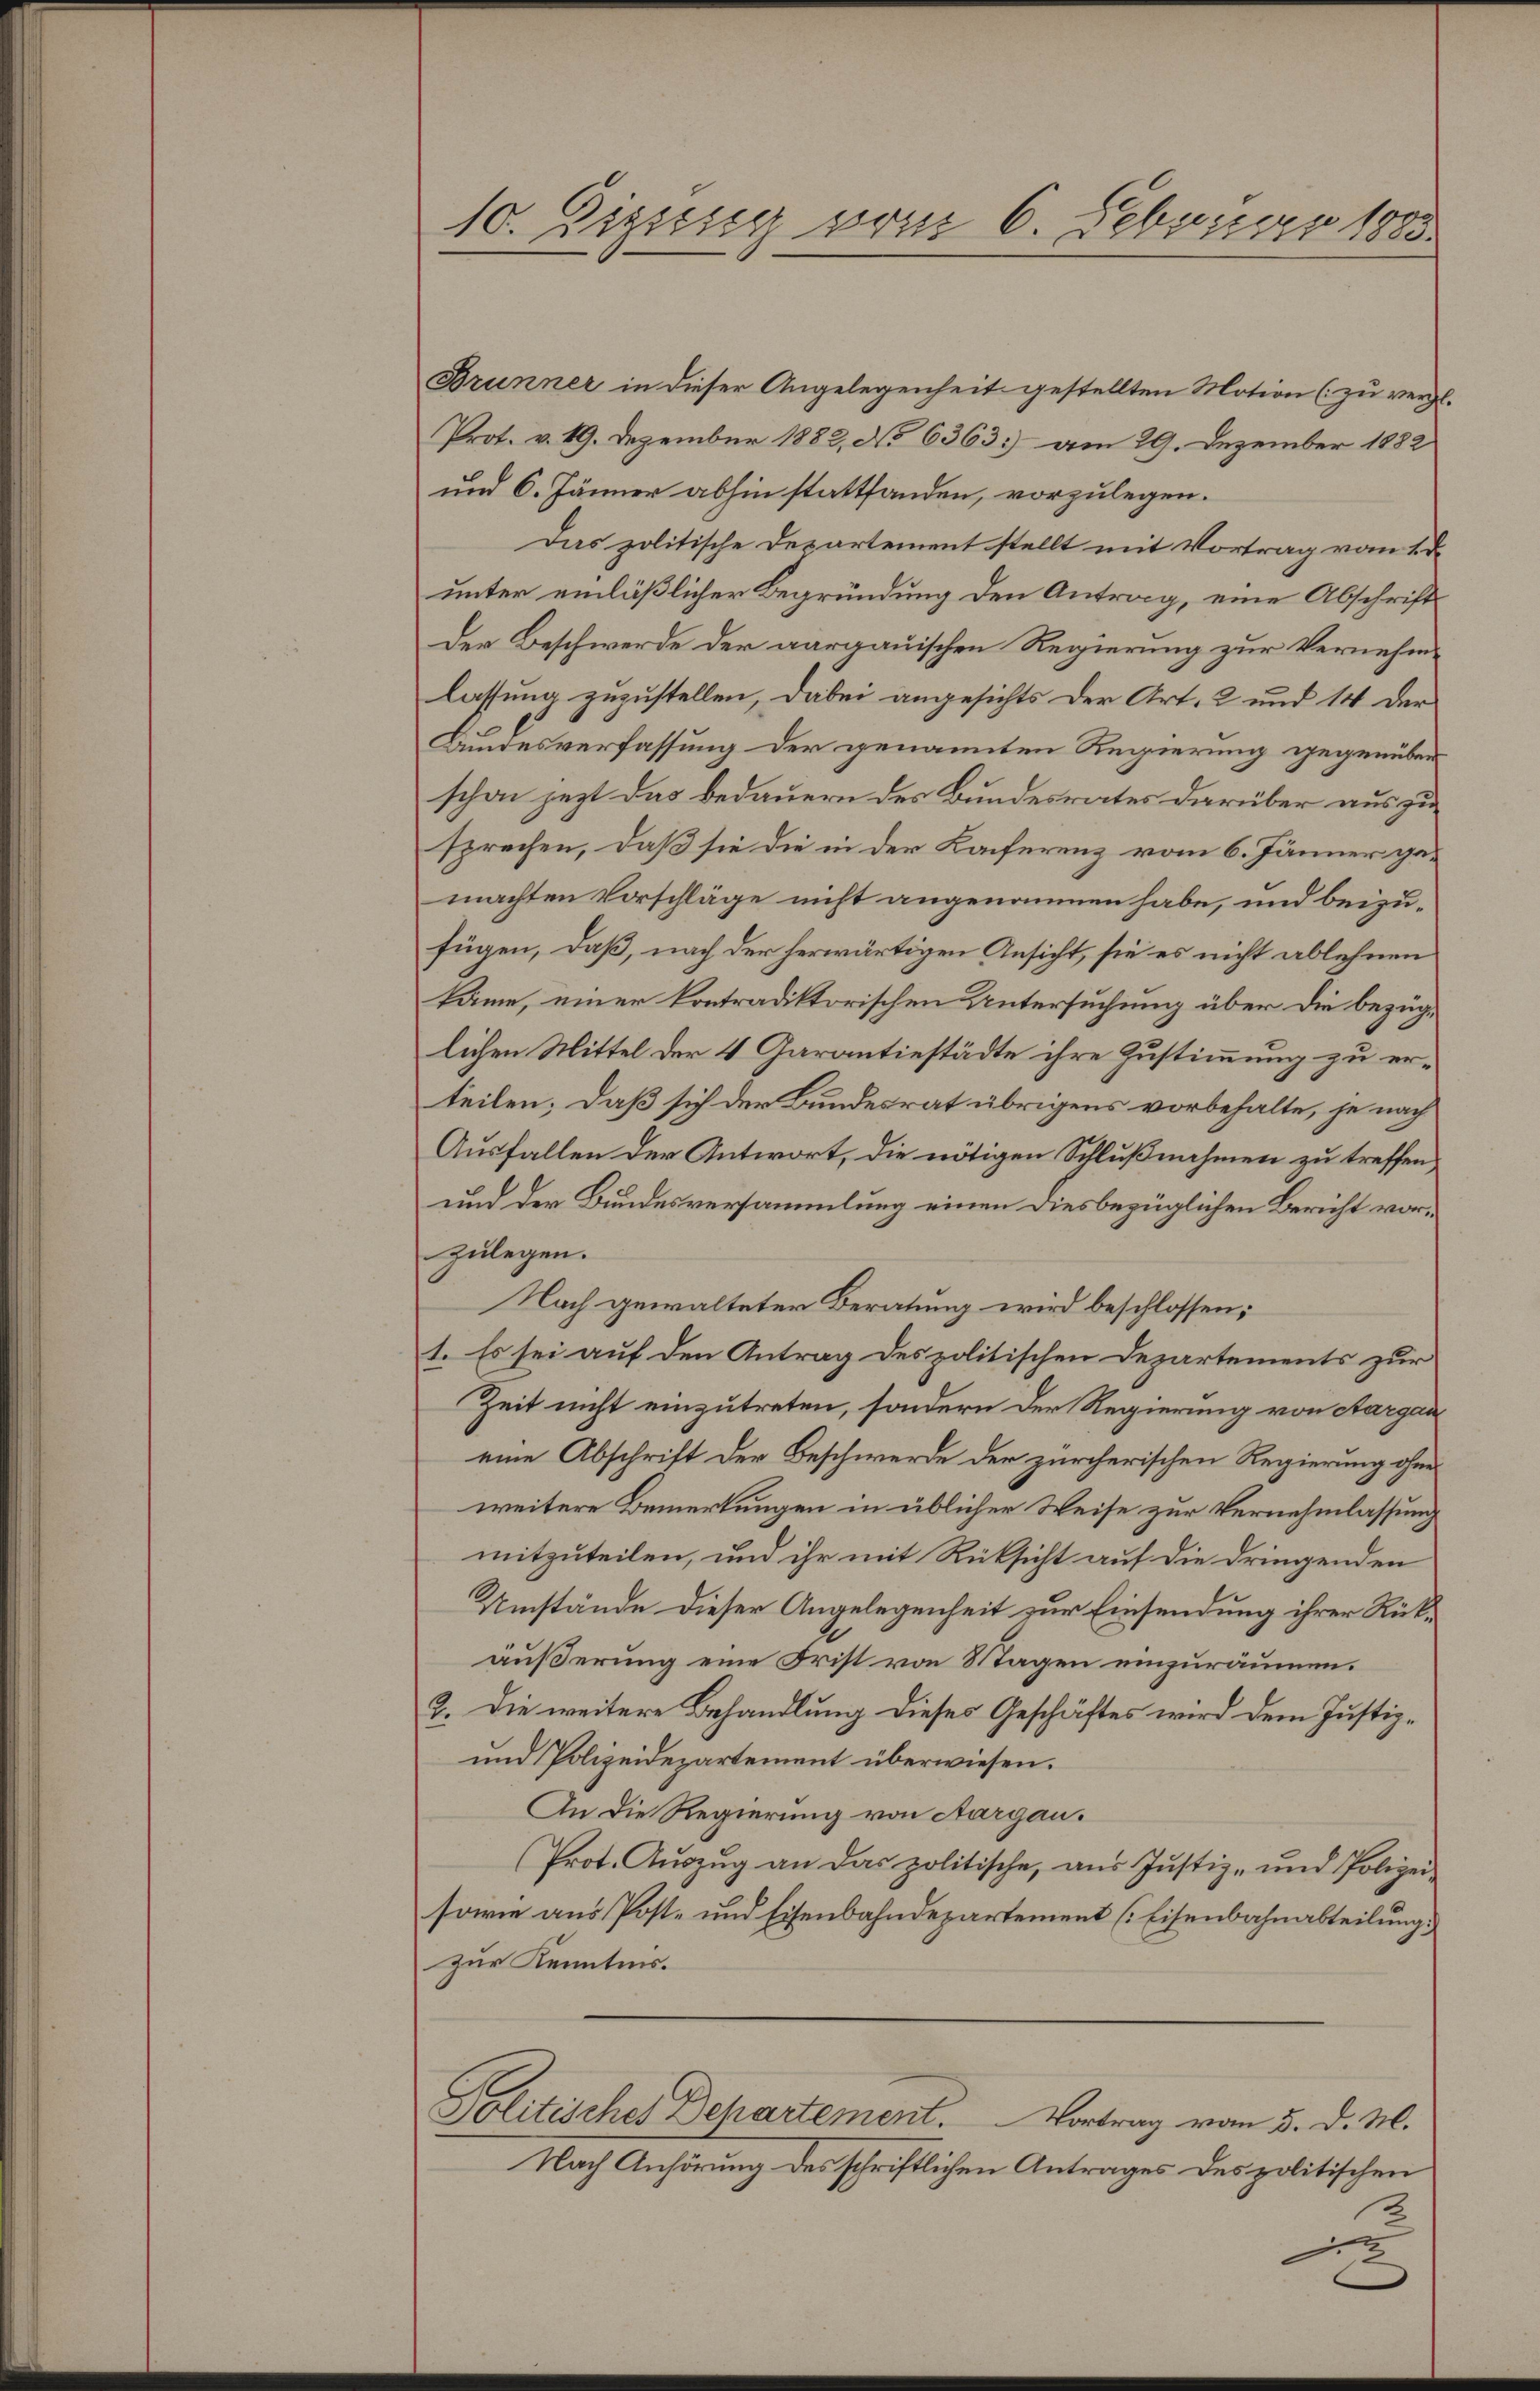
es
10. Zizung vom 6. Februar 1885

Brunner in dieser Angelegenheit gestellten Motion (zu vergl.
Prot. v. 19. Dezember 1882, No 6363) am 29. Dezember 1882
und 6. Jänner abhin stattfanden, vorzulegen.
Das politische Departement stellt mit Vortrag vom 2ten
unter einläßlicher Begründung den Antrag, eine Abschrift
Der Beschwerde der aargauischen Regierung zur Vernehmlassung zuzustellen, dabei angesichts der Art. 2 und 14 der
Bundesverfassung der genannten Regierung gegenüber
schon jezt das Bedauern des Bundesrates darüber aus zusprechen, daß sie die in der Konferenz vom 6. Jänner gemachten Vorschläge nicht angenommen habe, und beizufügen, daß, nach der herwärtigen Ansicht, sie es nicht ablehnen
käme, einer kontradiktorischen Untersuchung über die bezüglichen Mittel der 4 Garantiestädte ihre Zustimmung zu erteilen; daß sich der Bundesrat übrigens vorbehalte, je nach
Ausfallen der Antwort, die nötigen Schlußnahmen zu treffen,
und der Bundesversammlung einen diesbezüglichen Bericht vorzulegen.
Nach gewalteter Beratung wird beschlossen:
1. Es sei auf den Antrag des politischen Departements zur
Zeit nicht einzutreten, sondern der Regierung von Aargau
eine Abschrift der Beschwerde der zürcherischen Regierung ohnes
weitere Bemerkungen in üblicher Weise zur Vernehmlassung
mitzuteilen, und ihr mit Rücksicht auf die dringenden
Umstände dieser Angelegenheit zur Einsendung ihrer Rückäußerung eine Frist von Stagen einzuräumen.
2. Die weitere Behandlung dieses Geschäftes wird dem Justiz¬
und Polizeidepartement überwiesen.
An die Regierung von Aargau.
(Prot. Aŭszŭg an das politische, ans Jŭstiz- und Polizei-
sowie aus Post- und Eisenbahndepartement [Eisenbahnabteilung.
zur Kenntnis.
Politisches Dehartement. Vortrag vom 5. d. M.
Nach Anhörung des schriftlichen Antrages des politischen
en